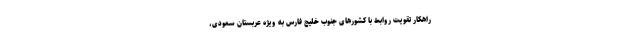
راهکار تقویت روابط با کشورهای جنوب خلیج فارس به ویژه عربستان سعودی،